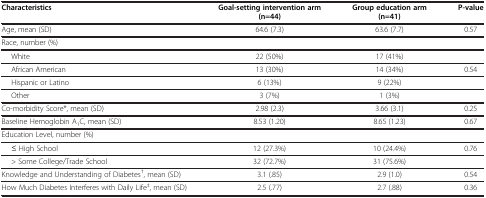
<table><thead><tr><td><b>Characteristics</b></td><td><b>Goal-setting intervention arm (n=44)</b></td><td><b>Group education arm (n=41)</b></td><td><b>P-value</b></td></tr></thead><tbody><tr><td>Age, mean (SD)</td><td>64.6 (7.3)</td><td>63.6 (7.7)</td><td>0.57</td></tr><tr><td>Race, number (%)</td><td> </td><td> </td><td> </td></tr><tr><td>White</td><td>22 (50%)</td><td>17 (41%)</td><td> </td></tr><tr><td>African American</td><td>13 (30%)</td><td>14 (34%)</td><td>0.54</td></tr><tr><td>Hispanic or Latino</td><td>6 (13%)</td><td>9 (22%)</td><td> </td></tr><tr><td>Other</td><td>3 (7%)</td><td>1 (3%)</td><td> </td></tr><tr><td>Co-morbidity Score*, mean (SD)</td><td>2.98 (2.3)</td><td>3.66 (3.1)</td><td>0.25</td></tr><tr><td>Baseline Hemoglobin A<sub>1</sub>C, mean (SD)</td><td>8.53 (1.20)</td><td>8.65 (1.23)</td><td>0.67</td></tr><tr><td>Education Level, number (%)</td><td> </td><td> </td><td> </td></tr><tr><td>≤ High School</td><td>12 (27.3%)</td><td>10 (24.4%)</td><td>0.76</td></tr><tr><td>&gt; Some College/Trade School</td><td>32 (72.7%)</td><td>31 (75.6%)</td><td> </td></tr><tr><td>Knowledge and Understanding of Diabetes<sup>†</sup>, mean (SD)</td><td>3.1 (.85)</td><td>2.9 (1.0)</td><td>0.54</td></tr><tr><td>How Much Diabetes Interferes with Daily Life<sup>‡</sup>, mean (SD)</td><td>2.5 (.77)</td><td>2.7 (.88)</td><td>0.36</td></tr></tbody></table>